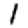
Digit: 1